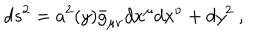
d s ^ { 2 } = a ^ { 2 } ( y ) \bar { g } _ { \mu \nu } d x ^ { \mu } d x ^ { \nu } + d y ^ { 2 } \ ,